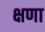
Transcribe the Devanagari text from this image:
क्षणा